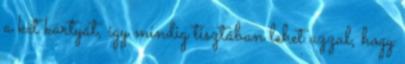
a két kártyát, így mindig tisztában lehet azzal, hogy